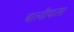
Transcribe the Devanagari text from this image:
बाल्डीवाला